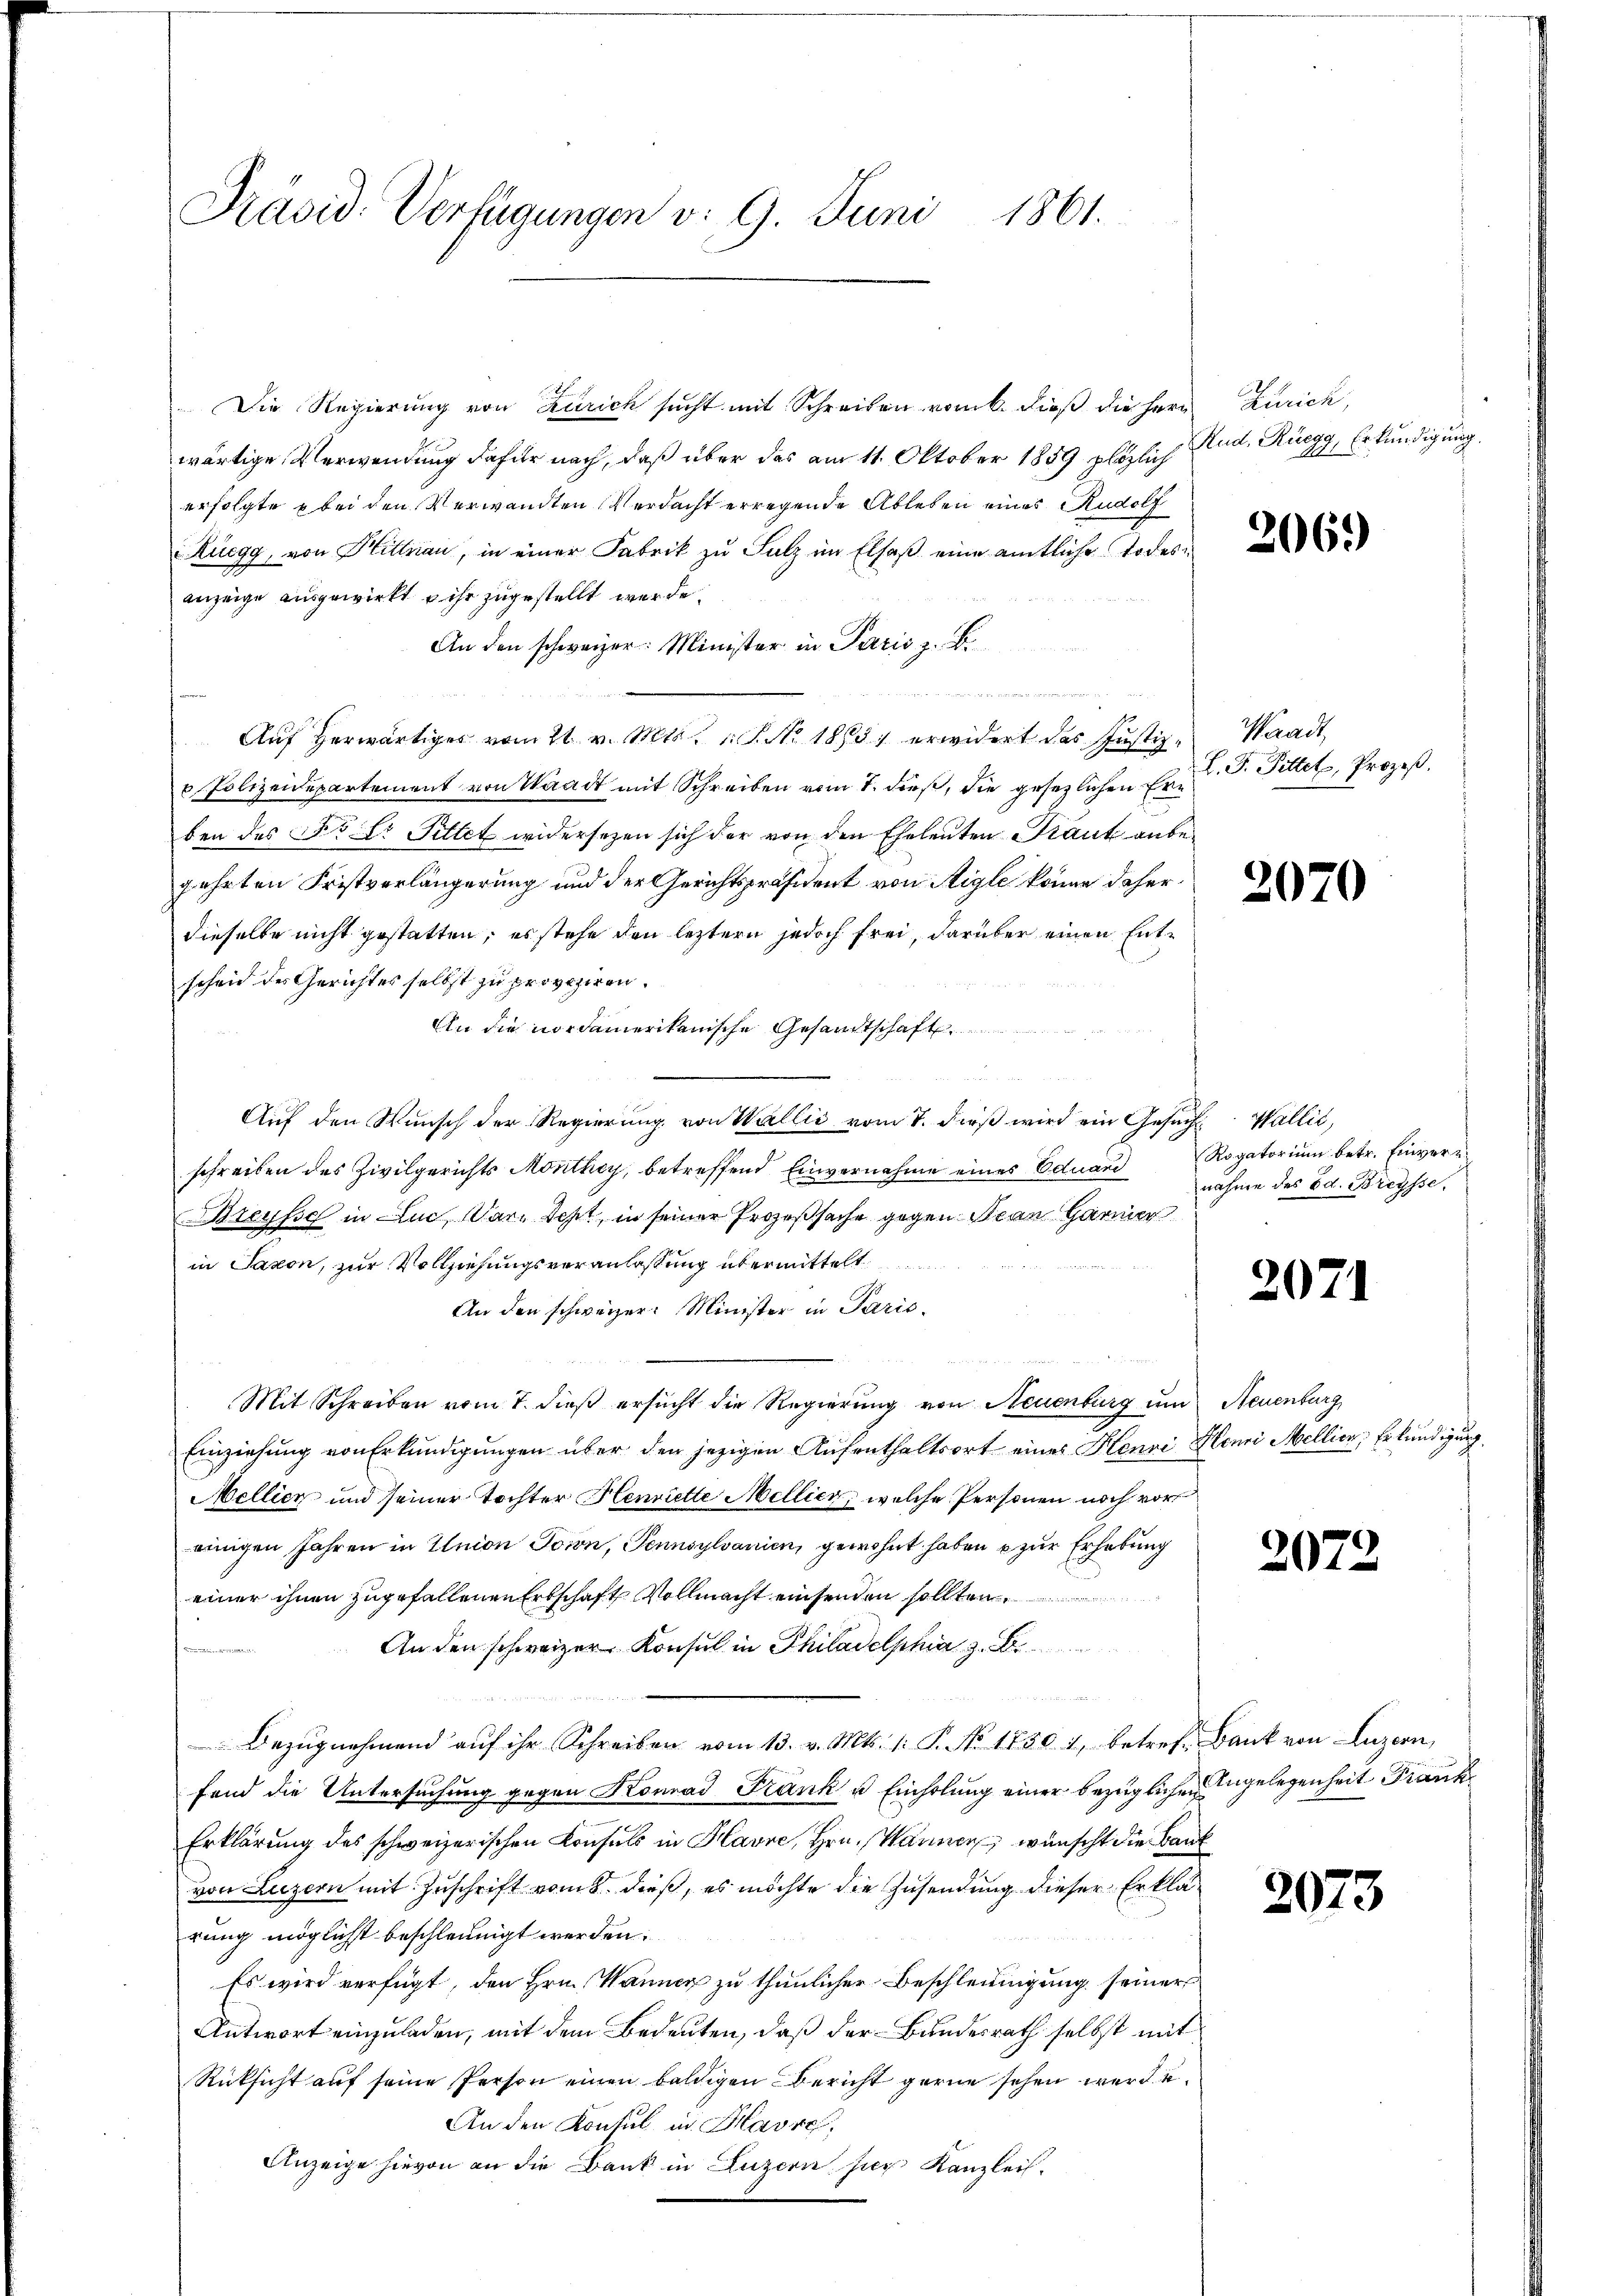
Präsid. Verfügungen v. 9. Juni 1861.

Die Regierung von Zürich sucht mit Schreiben vom k. Dieß die Herr Zürich,
wärtige Verwendung dafür nach, daß über das am 11. Oktober 1859 plötzlich Rud. Rüegg, Erkundigung
erfolgte bei den Verwandten Verdacht erregende Ableben eines Rudolf
Rüegg, von Hittnau, in einer Fabrik zu Salz im Elsaß eine amtliche Todesanzeige ausgewirkt u ihr zugestellt werde.
An den schweizer Minister in Paris z. B.

Auf herwärtiges vom 21. v. Mts. S. Nr. 1865 erwidert das Justiz- Waadt,
 Polizeidepartement von Waadt mit Schreiben vom 7. dieß, die gesezlichen Ern
ben des No Er Sittet widersetzen sich der von den Eheleuten Kraut anbegehrten Fristverlängerung und der Gerichtspräsident von Aigle könne daher
dieselbe nicht gestatten, es stehe den letztern jedoch frei, darüber einen Entscheid des Gerichtes selbst zu proviziren.
An die nordamerikanische Gesandtschaft

Auf den Wunsch der Regierung von Wallić vom 7. dieß wird ein Gesuch Wallić,
schreiben des Zivilgerichts Monthey, betreffend Einvernahme eines Eduard
Breusse in Luc, Dar-Seht, in seiner Prozeßsache gegen Jean Harmer
in Saxon, zur Vollziehungsveranlassung übermittelt

An den schweizer. Minister in Paris
.
 40 x
Mit Schreiben vom 7. dieß ersucht die Regierung von Neuenburg um Neuenburg,
Einziehung von Erkundigungen über den jetzigen Aufenthaltsort eines Henri Henri Mellier, Erkundigung
Mellicz und seiner Tochter Henriette Mellicz, welche Personen noch vor
einigen Jahren in Union Ton, Tennsylvanien, gewohnt haben zur Erhebung
einer ihnen zugefallenen Erbschaft Vollmacht einsenden sollten
An den schweizer Konsul in Philadelphia z. B

Bezŭgnehmend aŭf ihr Schreiben vom 13. v. Mts. 1. P. No 1750 1, betref Bank von Luzern,
fand die Untersuchung gegen Konrad Frank u. Einholung einer bezüglichen Angelegenheit Frank
Erklärung des schweizerischen Konsuls in Havre, Hrn. Mannen wünscht die Bank
von Luzern mit Zuschrift vom 8. dieß, es möchte die Zusendung dieser Erklärung möglichst beschleunigt werden.
Es wird verfügt, den Hrn. Wanner zu thunlicher Beschleunigung seiner
Antwort einzuladen, mit dem Bedeuten, daß der Bundesrath selbst mit
Rücksicht auf seine Person einen baldigen Bericht gerne sehen werde
An den Konsul in Havre,
Anzeige hievon an die Bank in Luzern sie Kanzlei-

L. F. Pittel, Prozeß.

Rogatorium betr. Einvernahme des Ed. Breysse.

2070

2071

2079

2073